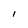
Character: I